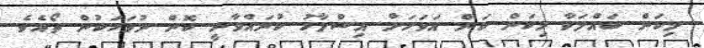
މިކަން ބައްލަވާ މިކަން ކަން އަވަހަށް އިސްލާހު ކުރައްވާނީ ކޮން ދުވަހަކުން ތޯއެވެ.